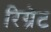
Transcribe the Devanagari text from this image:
रिग्रेट